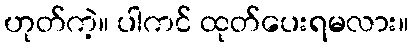
ဟုတ်ကဲ့။ ပါကင် ထုတ်ပေးရမလား။